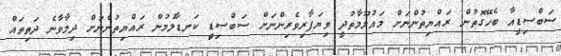
ސަބްސިޑީއާ ބެހޭގޮތުން ރައްޔިތުންނަށް މައުލޫމާތުދީ ވިޔަފާރިވެރިންނަށް ސަބްސިޑިީ ކަނޑާލުމުން ރައްޔިތުންނަށް ދިމާވާނެ ދަތިތައް